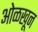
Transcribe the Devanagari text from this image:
अोळखून